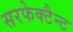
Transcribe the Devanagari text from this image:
सरफेक्टैन्ट